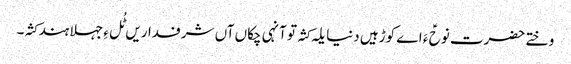
وختے حضرت نوحؑ ءَ اے کوڑہیں دنیا یلہ کثہ تو آنہی چکاں آں شرفداریں ٹُل ءِ جہلا ہند کثہ۔